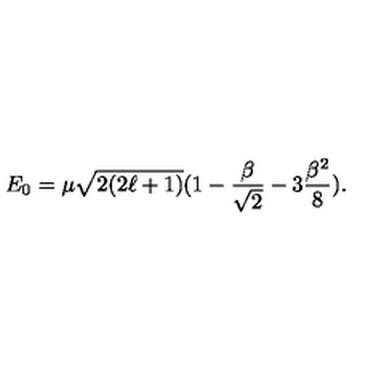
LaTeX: E _ { 0 } = \mu \sqrt { 2 ( 2 \ell + 1 ) } ( 1 - \frac { \beta } { \sqrt { 2 } } - 3 \frac { \beta ^ { 2 } } { 8 } ) .